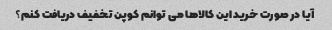
آیا در صورت خرید این کالاها می توانم کوپن تخفیف دریافت کنم؟